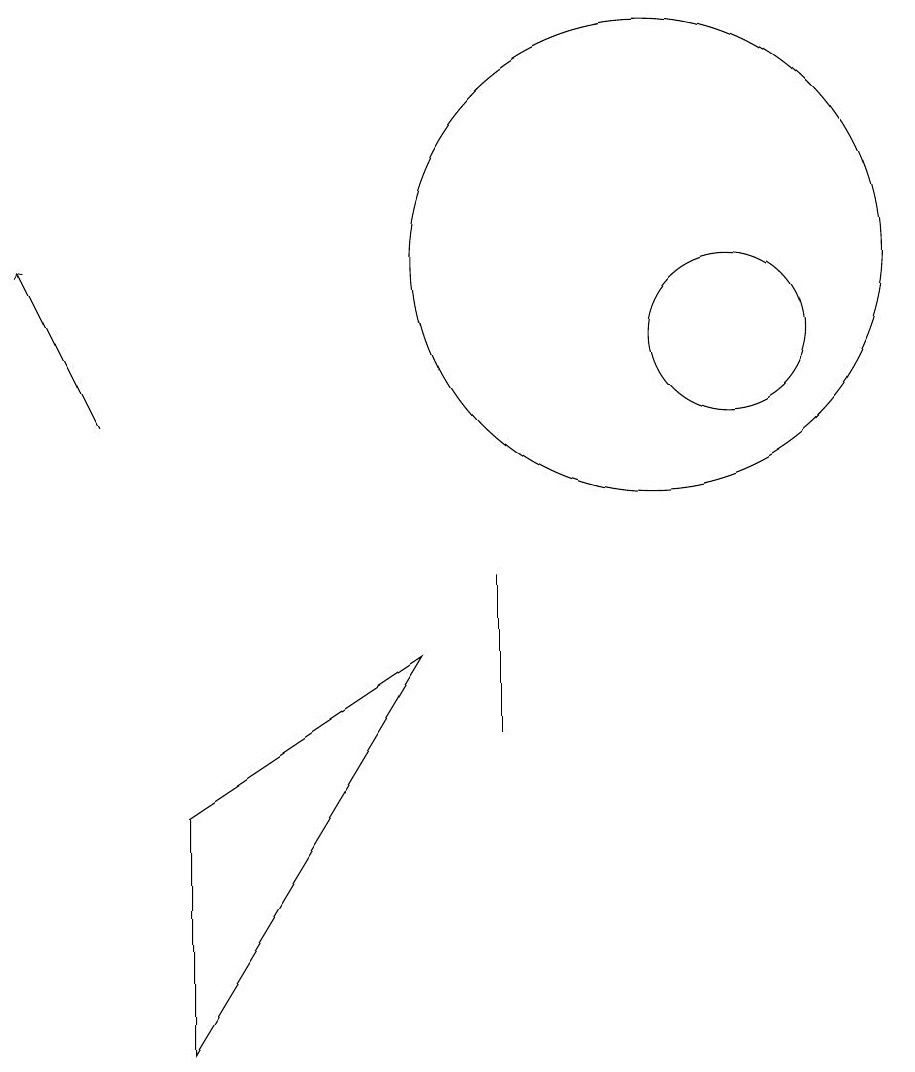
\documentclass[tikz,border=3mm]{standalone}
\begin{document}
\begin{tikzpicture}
\draw[->] (3,10) -- (2,12);
\draw (7,7) -- (4,5) -- (4,2) -- cycle;
\draw (10,12) circle (3);
\draw (10,10) circle (0);
\draw (8,8) -- (8,6) -- (8,7) -- cycle;
\draw (11,11) circle (1);
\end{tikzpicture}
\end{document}